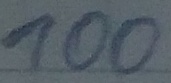
Text: 100